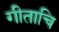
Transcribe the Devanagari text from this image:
गीताचि